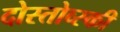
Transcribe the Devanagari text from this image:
दोस्तोव्स्की